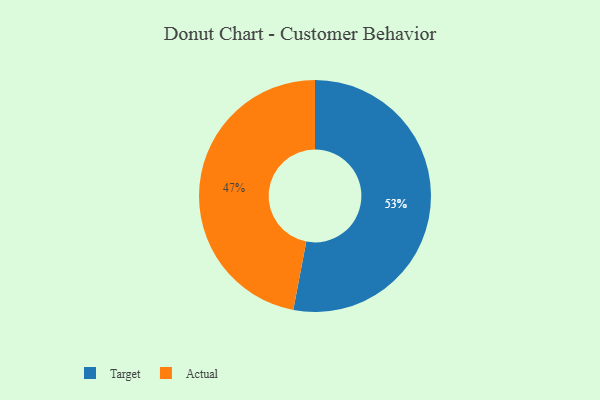
{"axis": {"x": "Category", "y": "Percentage"}, "legend": ["Actual", "Target"], "data": [{"x": "Target", "y": 53, "type": "Target"}, {"x": "Actual", "y": 47, "type": "Actual"}]}